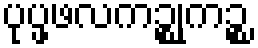
ပုပ္ဖဖလကဉ္စုကဉ္စ